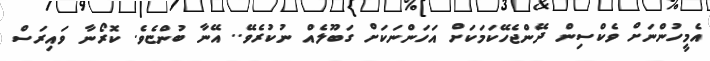
އެމީހުންނަށް ވެކްސިން ދޭންޖެހޭކަމަކަށް އަހަންނަކަށް ގަބޫލެއް ނުކުރެވޭ.. އޭނާ ބުންޏެވެ. ކޮރޯނާ ވައިރަސް